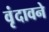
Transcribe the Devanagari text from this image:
वृंदावने